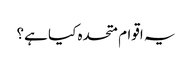
یہ اقوام متحدہ کیا ہے؟